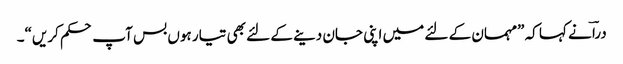
دراؔ نے کہا کہ ”مہمان کے لئے میں اپنی جان دینے کے لئے بھی تیار ہوں بس آپ حکم کریں“۔